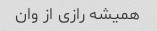
همیشه رازی از وان